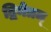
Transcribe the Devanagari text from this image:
द्विनेत्रम्